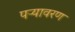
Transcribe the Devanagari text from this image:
पऱ्यावरण